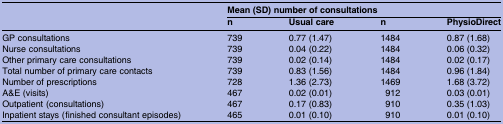
|  | <COLSPAN=4> Mean (SD) number of consultations |
 |  | n | Usual care | n | PhysioDirect |
 | --- | --- | --- | --- | --- |
 | GP consultations | 739 | 0.77 (1.47) | 1484 | 0.87 (1.68) |
 | Nurse consultations | 739 | 0.04 (0.22) | 1484 | 0.06 (0.32) |
 | Other primary care consultations | 739 | 0.02 (0.14) | 1484 | 0.02 (0.17) |
 | Total number of primary care contacts | 739 | 0.83 (1.56) | 1484 | 0.96 (1.84) |
 | Number of prescriptions | 728 | 1.36 (2.73) | 1469 | 1.68 (3.72) |
 | A&E (visits) | 467 | 0.02 (0.01) | 912 | 0.03 (0.01) |
 | Outpatient (consultations) | 467 | 0.17 (0.83) | 910 | 0.35 (1.03) |
 | Inpatient stays (finished consultant episodes) | 465 | 0.01 (0.10) | 910 | 0.01 (0.10) |